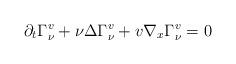
LaTeX: \begin{align*}\partial_t \Gamma^v_{\nu}+\nu\Delta \Gamma^v_{\nu}+v\nabla_x\Gamma^v_{\nu}=0\end{align*}